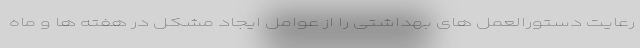
رعایت دستورالعمل های بهداشتی را از عوامل ایجاد مشکل در هفته ها و ماه